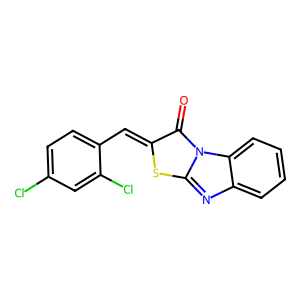
SMILES: O=c1c(=Cc2ccc(Cl)cc2Cl)sc2nc3ccccc3n12
Inhibits HIV replication: No